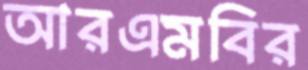
আরএমবির